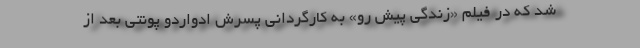
شد که در فیلم «زندگی پیش رو» به کارگردانی پسرش ادواردو پونتی بعد از